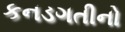
કનડગતીનો